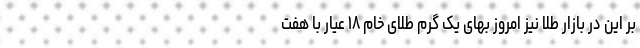
بر این در بازار طلا نیز امروز بهای یک گرم طلای خام ۱۸ عیار با هفت